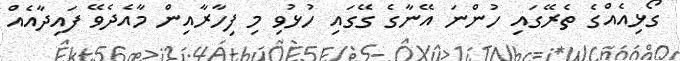
ގޯޅިއެއްގެ ތެރޭގައި ހުންނަ އޭނާގެ ގޭގައި ހުޅުވި މި ފިހާރާއިން މާއެދެވޭ ފައިދާއެއް